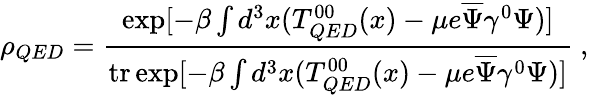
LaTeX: \rho_{QED}=\frac{\exp[-\beta\int d^{3}x(T_{QED}^{00}(x)-\mu e\overline{{{\Psi}}}\gamma^{0}\Psi)]}{{\mathrm{tr}}\exp[-\beta\int d^{3}x(T_{QED}^{00}(x)-\mu e\overline{{{\Psi}}}\gamma^{0}\Psi)]}\ ,